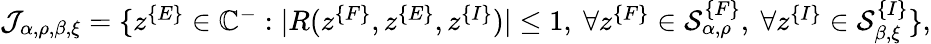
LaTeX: \begin{array}{r}{\mathcal{J}_{\alpha,\rho,\beta,\xi}=\{ z^{\{ E\} }\in\mathbb{C}^{-}:|R(z^{\{ F\} },z^{\{ E\} },z^{\{ I\} })|\le 1,\ \forall z^{\{ F\} }\in\mathcal{S}_{\alpha,\rho}^{\{ F\} },\ \forall z^{\{ I\} }\in\mathcal{S}_{\beta,\xi}^{\{ I\} }\} ,}\end{array}